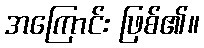
အကြောင်း ဖြစ်၏။